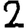
Digit: 2